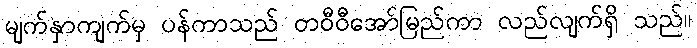
မျက်နှာကျက်မှ ပန်ကာသည် တဝီဝီအော်မြည်ကာ လည်လျက်ရှိ သည်။